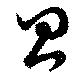
昌